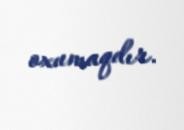
oxumaqdır.